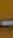
-